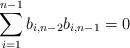
LaTeX: \begin{align*}\sum_{i=1}^{n-1} b_{i,n-2}b_{i,n-1}=0\end{align*}